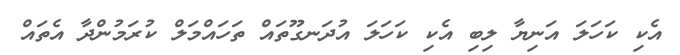
އެކި ކަހަލަ އަނިޔާ ލިބި އެކި ކަހަލަ އުދަނގޫތައް ތަހައްމަލް ކުރަމުންދާ އެތައް